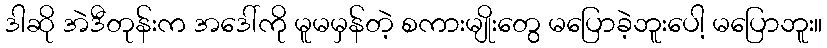
ဒါဆို အဲဒီတုန်းက အဒေါ်ကို မူမမှန်တဲ့ စကားမျိုးတွေ မပြောခဲ့ဘူးပေါ့ မပြောဘူး။